Report on the cultivation of protesoma, Labbé, in grey mosquitoes
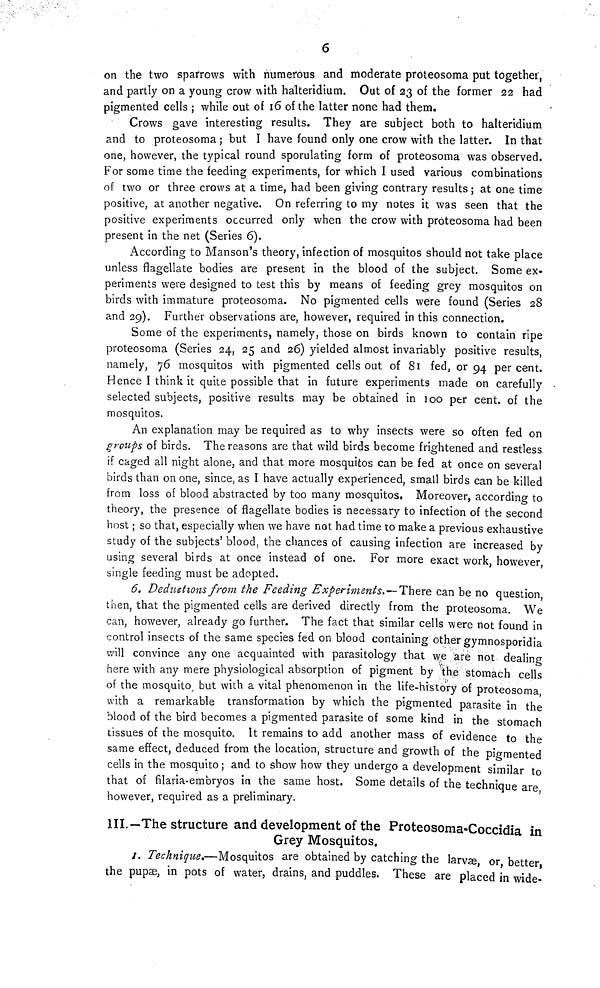
6
on the two sparrows with numerous and moderate proteosoma put together,
and partly on a young crow with halteridium. Out of 23 of the former 22 had
pigmented cells ; while out of 16 of the latter none had them.
Crows gave interesting results. They are subject both to hálteridium
and to proteosoma ; but I have found only one crow with the latter. In that
one, however, the typical round sporulating form of proteosoma was observed.
For some time the feeding experiments, for which I used various combinations
of two or three crows at a time, had been giving contrary results ; at one time
positive, at another negative. On referring to my notes it was seen that the
positive experiments occurred only when the crow with proteosoma had been
present in the net (Series 6).
According to Manson's theory, infection of mosquitos should not take place
unless flagellate bodies are present in the blood of the subject. Some ex-
periments were designed to test this by means of feeding grey mosquitos on
birds with immature proteosoma. No pigmented cells were found (Series 28
and 29). Further observations are, however, required in this connection.
Some of the experiments, namely, those on birds known to contain ripe
proteosoma (Series 24, 25 and 26) yielded almost invariably positive results,
namely, 76 mosquitos with pigmented cells out of 81 fed, or 94 per cent.
Hence I think it quite possible that in future experiments made on carefully
selected subjects, positive results may be obtained in 100 per cent. of the
mosquitos,
An explanation may be required as to why insects were so often fed on
groups of birds. The reasons are that wild birds become frightened and restless
if caged all night alone, and that more mosquitos can be fed at once on several
birds than on one, since, as I have actually experienced, small birds can be killed
from loss of blood abstracted by too many mosquitos, Moreover, according to
theory, the presence of flagellate bodies is necessary to infection of the second
host ; so that, especially when we have not had time to make a previous exhaustive
study of the subjects' blood, the chances of causing infection are increased by
using several birds at once instead of one. For more exact work, however
single feeding must be adopted.
6. Deductions from the Feeding Experiments. — There can be no question,
then, that the pigmented cells are derived directly from the proteosoma. We
can, however, already go further. The fact that similar cells were not found in
control insects of the same species fed on blood containing other gymnosporidia
will convince any one acquainted with parasitology that we are not dealing
here with any mere physiological absorption of pigment by the stomach cells
of the mosquito but with a vital phenomenon in the life-history of proteosoma,
with a remarkable transformation by which the pigmented parasite in the
blood of the bird becomes a pigmented parasite of some kind in the stomach
tissues of the mosquito. It remains to add another mass of evidence to the
same effect, deduced from the location, structure and growth of the pigmented
cells in the mosquito ; and to show how they undergo a development similar to
that of filaria-embryos in the same host. Some details of the technique are
however, required as a preliminary.
III.— The structure and development of the Proteosoma-Coccidia in
Grey Mosquitos.
I. Technique.—Mosquitos are obtained by catching the larvæ, or better
the pupæ, in pots of water, drains, and puddles. These are placed in wide-